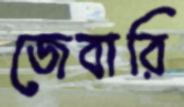
জেবারি